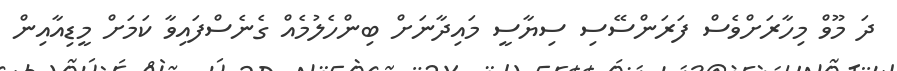
ދަ މޫވް މިހާރަށްވެސް ފަރަންސޭސި ސިޔާސީ މައިދާނަށް ބިންހެލުމެއް ގެނެސްފައިވާ ކަމަށް މީޑިއާއިން